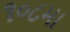
૧૦૮મા